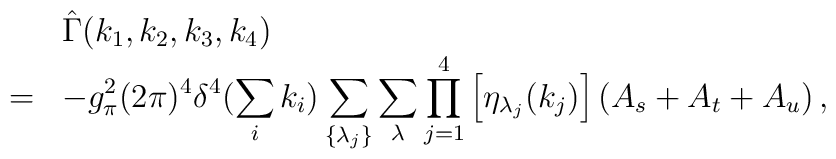
\begin{array}{rl}&\hat{\Gamma}(k_1,k_2,k_3,k_4)\\=&\displaystyle -g_{\pi}^2(2\pi)^4\delta^4(\sum_ik_i)\sum_{\{\lambda_j\}}\sum_{\lambda}\prod_{j=1}^4\left[\eta_{\lambda_j}(k_j)\right]\left(A_s+A_t+A_u\right), \end{array}